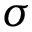
\sigma